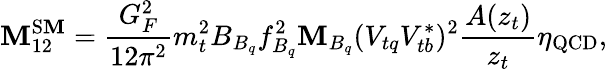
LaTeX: \mathbf{M}_{12}^{\mathrm{{S\mathbf{M}}}}=\frac{{G_{F}^{2}}}{{12\pi^{2}}}m_{t}^{2}B_{B_{q}}f_{B_{q}}^{2}\mathbf{M}_{B_{q}}(V_{tq}V_{tb}^{*})^{2}\frac{{A(z_{t})}}{{z_{t}}}\eta_{\mathrm{{QCD}}},